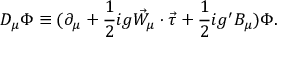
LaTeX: D _ { \mu } \Phi \equiv ( \partial _ { \mu } + \frac { 1 } { 2 } i g \vec { W } _ { \mu } \cdot \vec { \tau } + \frac { 1 } { 2 } i g ^ { \prime } B _ { \mu } ) \Phi .